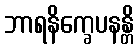
ဘာရနိက္ခေပနန္တိ